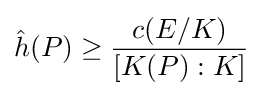
{\hat {h}}(P)\geq {\frac {c(E/K)}{[K(P):K]}}